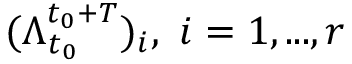
( \Lambda _ { t _ { 0 } } ^ { t _ { 0 } + T } ) _ { i } , ~ i = 1 , . . . , r